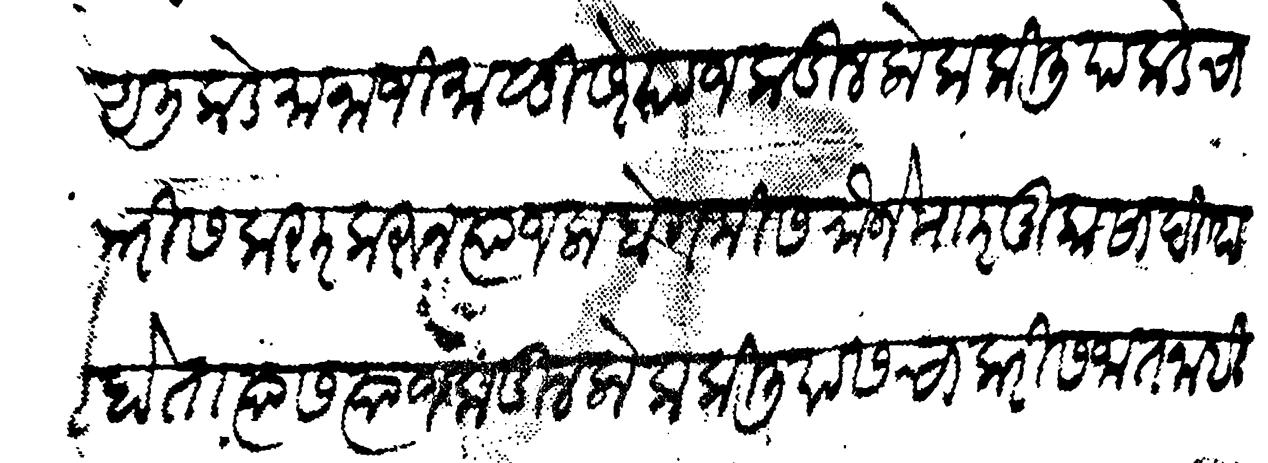
Transliteration (Devanagari): आलिकडे मानाजी मालुसरे याजकडील लोक किलियाकडे चाकरीस करार करून त्याजला बेगमीस मौजे म र मुकासा दिल्हा होता त्यास त्याजकडील लोक किलियास चाकरीस जात नाहीत